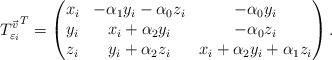
LaTeX: \begin{align*} {T_{\varepsilon_i}^{\vec{v}}}^T = \begin{pmatrix}x_i & -\alpha_1y_i-\alpha_0z_i &-\alpha_0y_i\\y_i & x_i+\alpha_2y_i&-\alpha_0z_i\\z_i & y_i+\alpha_2z_i&x_i+\alpha_2y_i+\alpha_1z_i\end{pmatrix}.\end{align*}